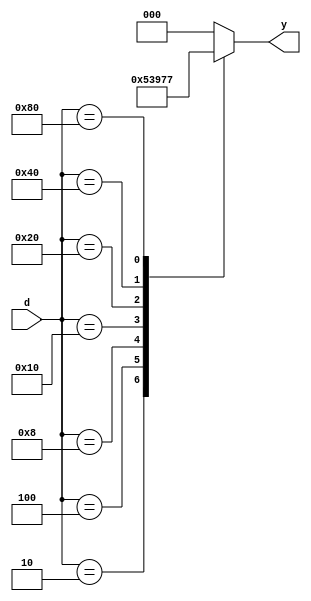
module encoder8_3(input [7:0]d, output reg [2:0]y);

always @(d)
begin
case (d)

8'b0000_0001: y =3'b000; 
8'b0000_0010: y =3'b001;
8'b0000_0100: y =3'b010;
8'b0000_1000: y =3'b011;
8'b0001_0000: y =3'b100;
8'b0010_0000: y =3'b101;
8'b0100_0000: y =3'b110;
8'b1000_0000: y =3'b111;
default: y =3'b000;
endcase
end


endmodule